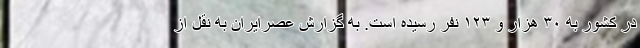
در کشور به ۳۰ هزار و ۱۲۳ نفر رسیده است. به گزارش عصرایران به نقل از